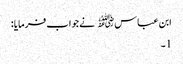
ابن عباس﷜ نےجواب فرمایا :
1۔